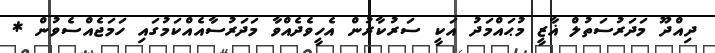
ދިއްދޫ މަދަރުސަތުލް ޣާޒީ މުޙައްމަދު އަކީ ސަރުކާރުން އެހީވެދެއްވާ މަދަރުސާއެއްކަމުގައި ހަމަޖެއްސެވުން *